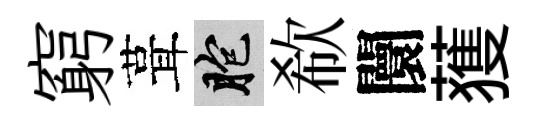
窮葺胞欷闤𫉬